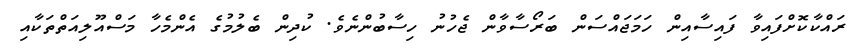
ރައްކާކޮށްފައިވާ ފައިސާއިން ހަމަޖައްސަން ބަރޯސާވާން ޖެހުނު ހިސާބުންނެވެ. ކުދިން ބެލުމުގެ އެންމެހާ މަސްއޫލިއަތްތަކާއި